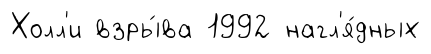
Холл'и взры́ва 1992 нагл'я́дных